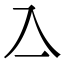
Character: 𠓛